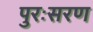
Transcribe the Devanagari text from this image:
पुरःसरण